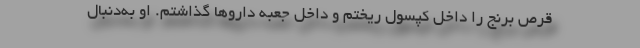
قرص برنج را داخل کپسول ریختم و داخل جعبه داروها گذاشتم. او به‌دنبال